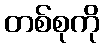
တစ်စုကို